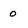
Character: 0